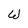
Character: W